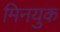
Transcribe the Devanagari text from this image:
मिनयुक